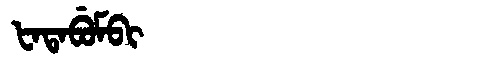
Manchu: ᡶᠠᡨᠠᠪᡠᠮᠪᡳ
Romanization: FATABUMBI